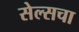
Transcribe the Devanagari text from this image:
सेल्सचा